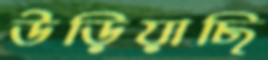
উড়িয়াছি